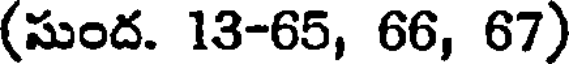
(సుంద. 13-65, 66, 67)